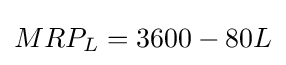
MRP_{L}=3600-80L